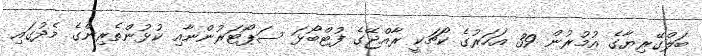
ބަލްގޭރިޔާގެ އުމުރުން 39 އަހަރުގެ ކޯޗަކީ ރާއްޖޭގެ ފުޓްބޯޅަ ސަޕޯޓަރުންނާއި ކުޅުންތެރިންގެ މެދުގައި